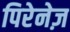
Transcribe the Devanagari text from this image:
पिरेनेज़